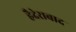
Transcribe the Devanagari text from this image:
हैदेराबाद